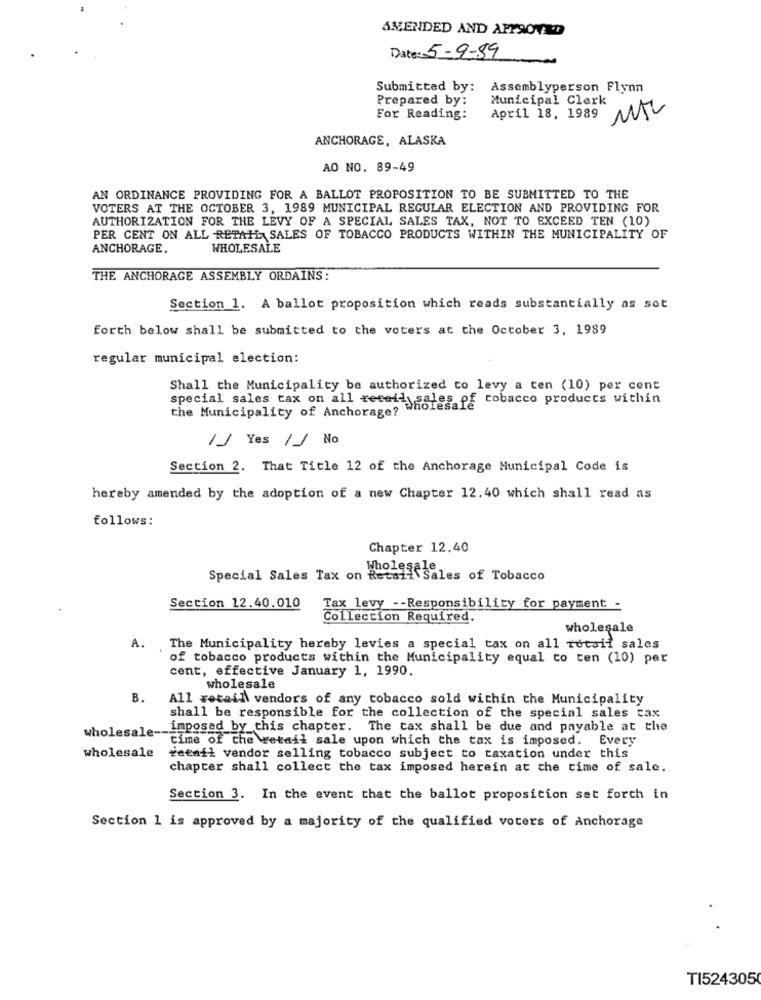
S&ENDED AND APPROVED
Date: 5-9-89
Submitted by: Assemblyperson Flynn
Prepared by:
Municipal Clerk
For Reading:
April 18, 1989 MAL
ANCHORAGE, ALASKA
AO NO. 89-49
AN ORDINANCE PROVIDING FOR A BALLOT PROPOSITION TO BE SUBMITTED TO THE
VOTERS AT THE OCTOBER 3, 1989 MUNICIPAL REGULAR ELECTION AND PROVIDING FOR
AUTHORIZATION FOR THE LEVY OF A SPECIAL SALES TAX, NOT TO EXCEED TEN (10)
PER CENT ON ALL RETAIL SALES OF TOBACCO PRODUCTS WITHIN THE MUNICIPALITY OF
ANCHORAGE.
WHOLESALE
THE ANCHORAGE ASSEMBLY ORDAINS:
Section 1. A ballot proposition which reads substantially as sot
forth below shall be submitted to the voters at the October 3, 1989
regular municipal election:
Shall the Municipality be authorized to levy a ten (10) per cent
special sales tax on all retail sales of tobacco products within
the Municipality of Anchorage?
/J Yes / No
Section 2. That Title 12 of the Anchorage Municipal Code is
hereby amended by the adoption of a new Chapter 12.40 which shall read as
follows:
Chapter 12.40
Special Sales Tax on Retail
Wholeaf Sales of Tobacco
Section 12.40.010
Tax levy -- Responsibility for payment -
Collection Required.
wholesale
A.
The Municipality hereby levies a special tax on all retail sales
of tobacco products within the Municipality equal to ten (10) per
cent, effective January 1, 1990.
wholesale
B.
All retail vendors of any tobacco sold within the Municipality
shall be responsible for the collection of the special sales tax
wholesale-
imposed by this chapter. The tax shall be due and payable at the
time of the wetail sale upon which the tax is imposed. Every
wholesale
retail vendor selling tobacco subject to taxation under this
chapter shall collect the tax imposed herein at the time of sale.
Section 3. In the event that the ballot proposition set forth in
Section 1 is approved by a majority of the qualified voters of Anchorage
TI5243050